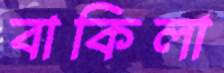
বাকিলা